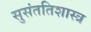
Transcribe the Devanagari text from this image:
सुसंततिशास्त्र